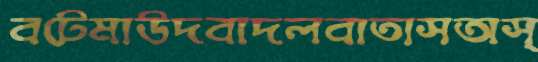
বটেমাউদবাদলবাতাসঅস্